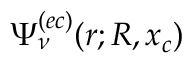
\Psi _ { \nu } ^ { ( e c ) } ( r ; R , x _ { c } )